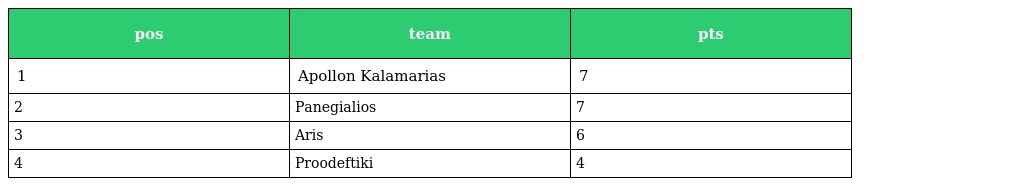
| pos | team | pts |
 | --- | --- | --- |
 | 1 | Apollon Kalamarias | 7 |
 | 2 | Panegialios | 7 |
 | 3 | Aris | 6 |
 | 4 | Proodeftiki | 4 |